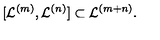
[ { \mathcal L } ^ { ( m ) } , { \mathcal L } ^ { ( n ) } ] \subset { \mathcal L } ^ { ( m + n ) } .